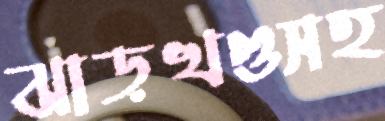
ঝাড়খণ্ডসহ